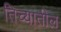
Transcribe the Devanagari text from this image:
तिच्‍यातील